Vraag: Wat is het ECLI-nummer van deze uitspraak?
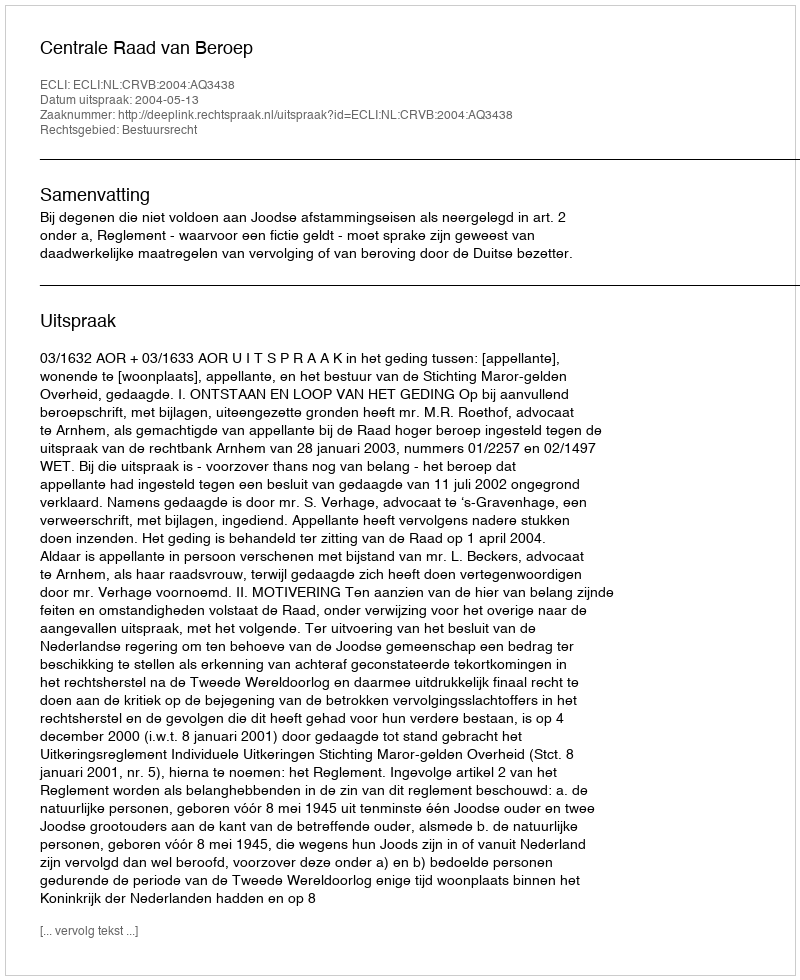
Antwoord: ECLI:NL:CRVB:2004:AQ3438